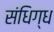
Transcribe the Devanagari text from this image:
संधिग्ध